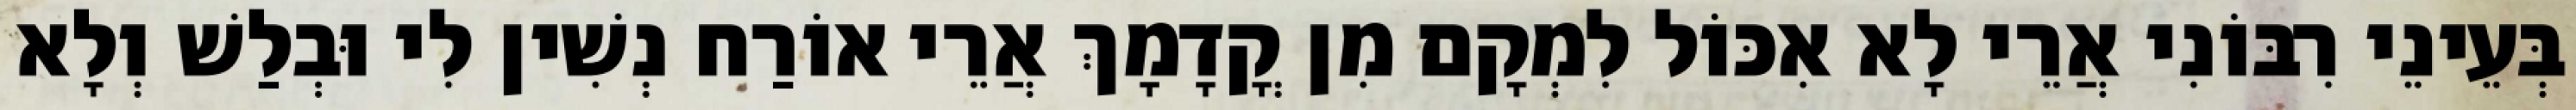
בְּעֵינֵי רִבּוֹנִי אֲרֵי לָא אִכּוֹל לִמְקָם מִן קֳדָמָךְ אֲרֵי אוֹרַח נְשִׁין לִי וּבְלַשׁ וְלָא